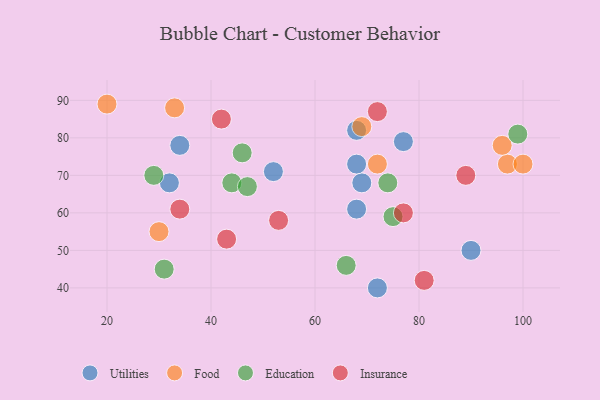
{"axis": {"x": "GDP", "y": "Life Expectancy"}, "legend": ["Education", "Food", "Insurance", "Utilities"], "data": [{"x": "68", "y": 82, "type": "Utilities"}, {"x": "77", "y": 79, "type": "Utilities"}, {"x": "90", "y": 50, "type": "Utilities"}, {"x": "69", "y": 68, "type": "Utilities"}, {"x": "52", "y": 71, "type": "Utilities"}, {"x": "72", "y": 40, "type": "Utilities"}, {"x": "68", "y": 73, "type": "Utilities"}, {"x": "32", "y": 68, "type": "Utilities"}, {"x": "68", "y": 61, "type": "Utilities"}, {"x": "34", "y": 78, "type": "Utilities"}, {"x": "72", "y": 73, "type": "Food"}, {"x": "30", "y": 55, "type": "Food"}, {"x": "97", "y": 73, "type": "Food"}, {"x": "33", "y": 88, "type": "Food"}, {"x": "96", "y": 78, "type": "Food"}, {"x": "100", "y": 73, "type": "Food"}, {"x": "69", "y": 83, "type": "Food"}, {"x": "20", "y": 89, "type": "Food"}, {"x": "74", "y": 68, "type": "Education"}, {"x": "99", "y": 81, "type": "Education"}, {"x": "46", "y": 76, "type": "Education"}, {"x": "29", "y": 70, "type": "Education"}, {"x": "44", "y": 68, "type": "Education"}, {"x": "75", "y": 59, "type": "Education"}, {"x": "66", "y": 46, "type": "Education"}, {"x": "47", "y": 67, "type": "Education"}, {"x": "31", "y": 45, "type": "Education"}, {"x": "34", "y": 61, "type": "Insurance"}, {"x": "72", "y": 87, "type": "Insurance"}, {"x": "89", "y": 70, "type": "Insurance"}, {"x": "77", "y": 60, "type": "Insurance"}, {"x": "42", "y": 85, "type": "Insurance"}, {"x": "81", "y": 42, "type": "Insurance"}, {"x": "53", "y": 58, "type": "Insurance"}, {"x": "43", "y": 53, "type": "Insurance"}]}